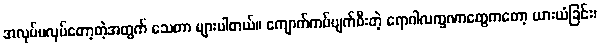
အလုပ်မလုပ်တော့တဲ့အတွက် သေတာ များပါတယ်။ ကျောက်ကပ်ပျက်စီးတဲ့ ရောဂါလက္ခဏာတွေကတော့ ယားယံခြင်း၊